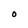
Character: O